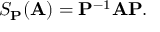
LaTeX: S _ { \mathbf { P } } ( \mathbf { A } ) = \mathbf { P } ^ { - 1 } \mathbf { A } \mathbf { P } .